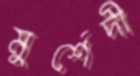
মুর্শেদী